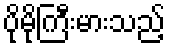
ပိုမိုကြီးမားသည့်